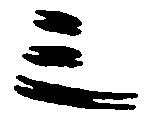
三